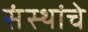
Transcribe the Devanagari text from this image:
संंस्थांचे